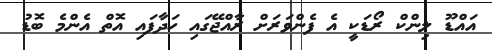
އައްޑޫ ލިންކް ރޯޑަކީ އެ ފެންވަރަށް ރާއްޖޭގައި ހަދާފައި އޮތް އެންމެ ބޮޑު